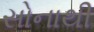
સોનાથી